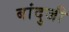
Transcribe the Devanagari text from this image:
बांदुजी